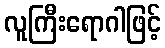
လူကြီးရောဂါဖြင့်